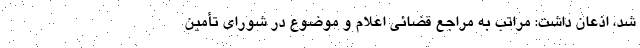
شد، اذعان داشت: مراتب به مراجع قضائی اعلام و موضوع در شورای تأمین